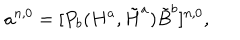
LaTeX: a ^ { n , 0 } = [ P _ { b } ( H ^ { a } , \tilde { H } ^ { a } ) \tilde { B } ^ { b } ] ^ { n , 0 } ,